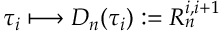
\tau _ { i } \longmapsto D _ { n } ( \tau _ { i } ) : = R _ { n } ^ { i , i + 1 }